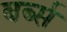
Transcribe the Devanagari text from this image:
बर्ब्स